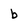
Character: b